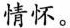
情怀。